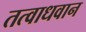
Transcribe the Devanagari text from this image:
तत्वाधवान